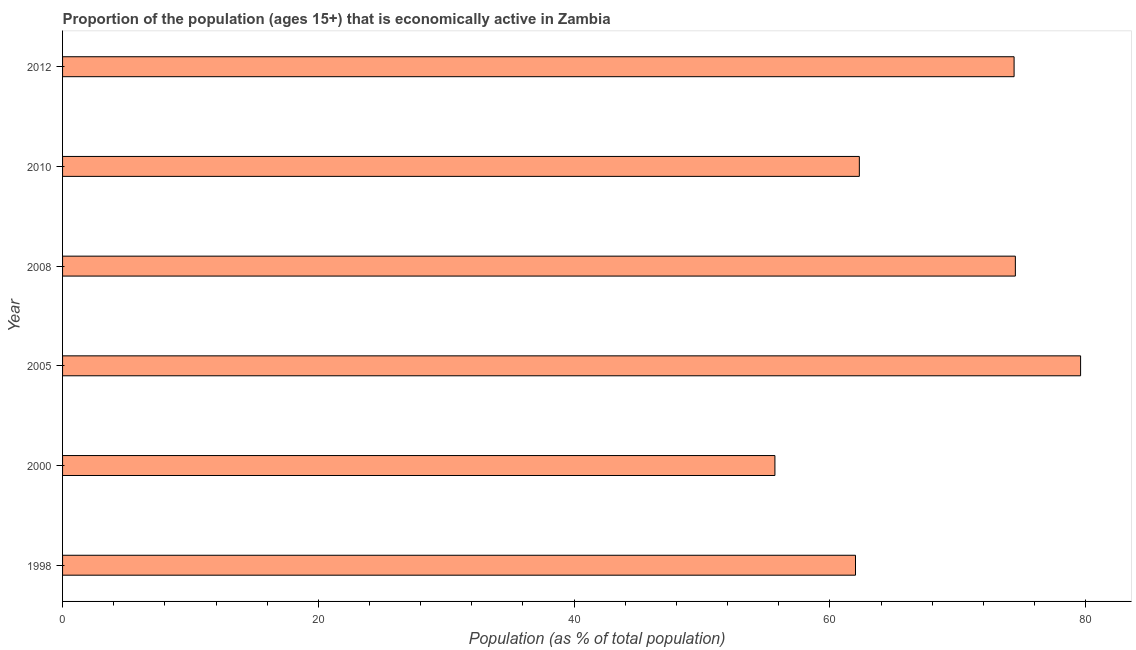
| Year | Labor force participation rate total |
 | --- | --- |
 | 1998 | 62 |
 | 2000 | 55.7 |
 | 2005 | 79.6 |
 | 2008 | 74.5 |
 | 2010 | 62.3 |
 | 2012 | 74.4 |